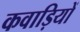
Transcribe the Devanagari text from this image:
कवाड़ियों